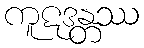
ကူဋဒန္တဿ